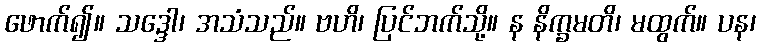
ဖောက်၍။ သဒ္ဒေါ၊ အသံသည်။ ဗဟိ၊ ပြင်ဘက်သို့။ န နိက္ခမတိ၊ မထွက်။ ပန၊